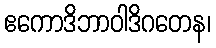
ဧကောဒိဘာဝါဒိဂတေန၊